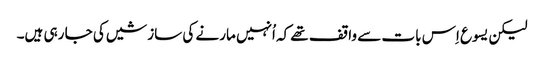
‏ لیکن یسوع اِس بات سے واقف تھے کہ اُنہیں مارنے کی سازشیں کی جا رہی ہیں۔